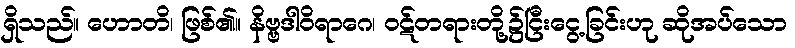
ရှိသည်။ ဟောတိ၊ ဖြစ်၏။ နိဗ္ဗဒါဝိရာဂေ၊ ဝဋ်တရားတို့၌ငြီးငွေ့ခြင်းဟု ဆိုအပ်သော